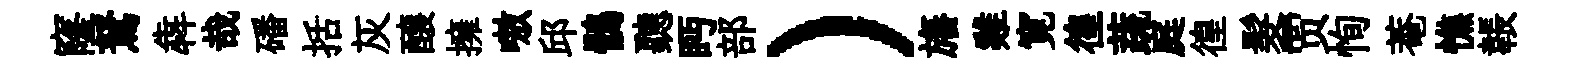
窿駑犇哉磻括灰醸擁嗷邱鶻聽眄部）旛雞寛徨蔬庭徨髮贾恂菴憔韔